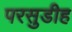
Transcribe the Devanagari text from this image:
परसुडीह